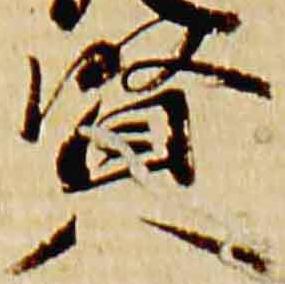
賢